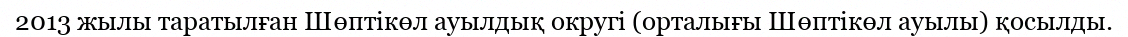
2013 жылы таратылған Шөптікөл ауылдық округі (орталығы Шөптікөл ауылы) қосылды.